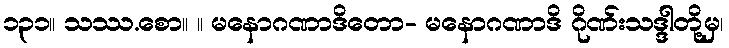
၁၃၁။ သဿ.စော။ ။ မနောဂဏာဒိတော- မနောဂဏာဒိ ဂိုဏ်းသဒ္ဒါတို့မှ၊